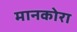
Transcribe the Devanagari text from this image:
मानकोरा